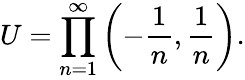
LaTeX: U=\prod_{n=1}^{\infty}\left(-{\frac{1}{n}},{\frac{1}{n}}\right).